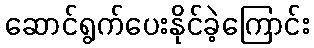
ဆောင်ရွက်ပေးနိုင်ခဲ့ကြောင်း